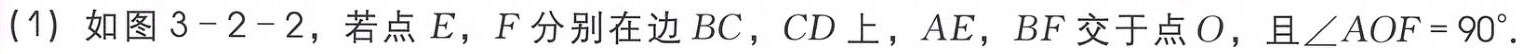
(1) 如图 3 - 2 - 2，若点 \(E\)，\(F\) 分别在边 \(BC\)，\(CD\) 上，\(AE\)，\(BF\) 交于点 \(O\)，且 \(\angle AOF = 90^{\circ}\)。